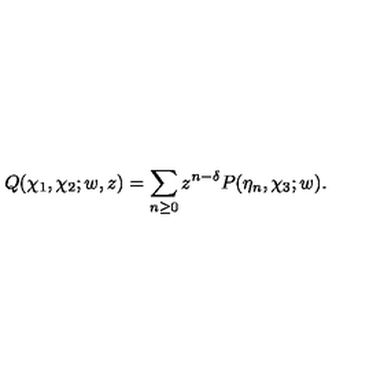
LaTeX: Q ( \chi _ { 1 } , \chi _ { 2 } ; w , z ) = \sum _ { n \geq 0 } z ^ { n - \delta } P ( \eta _ { n } , \chi _ { 3 } ; w ) .